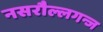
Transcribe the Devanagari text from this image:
नसरौल्लगन्ज